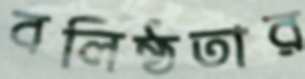
বলিষ্ঠতার